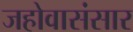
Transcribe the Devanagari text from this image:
जहोवासंसार